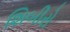
શિબીરો